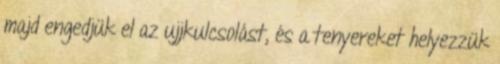
majd engedjük el az ujjkulcsolást, és a tenyereket helyezzük